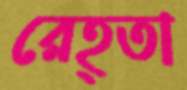
রেহ্তা